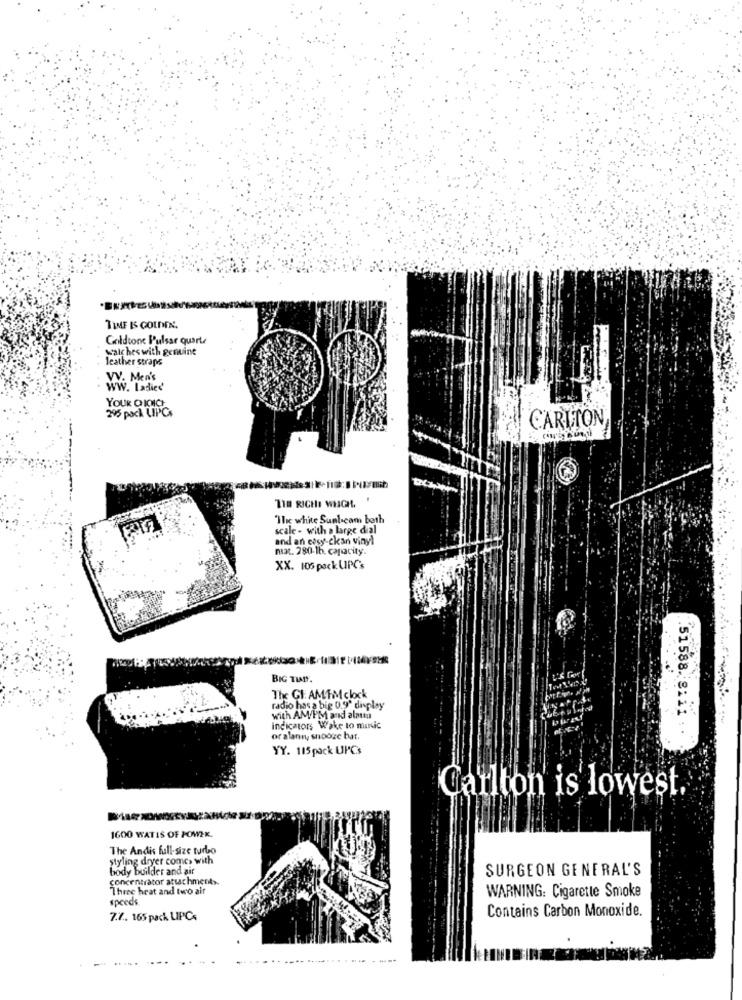
TIME IS GOLDEN.
Goldtone Pulsar quarte
watches with genuine
leather straps
VV. Men's
WW. Ladies'
295 pack UPC.
YOUR CHIOIC
CARLTON
TIR RICHI WHGH.
Ilic white Sunl-cam both
scale - with a large dial
and an cosy-ckan vinyl
mat. 280-16. capacity.
XX. 105 pack UPC's
BIG TIANY.
The Gl: AMTM clock
radio has a big 0.9" display
.51588. 8111
with AM/I'M and alatta
indicators Wake to minic
or alann, snooze bar.
YY. 115 pack UPCs
Carlton is lowest.
1600 WATIS OF POWER.
The Andis full-size turbo
Styling dryer comes with
body builder and ait
SURGEON GENERAL'S
concentrator attachment>.
Three heat and two air
speeds.
WARNING: Cigarette Smoke
Contains Carbon Monoxide.
7.7 .. 165 pack LIPC